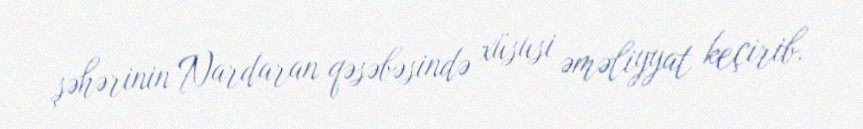
şəhərinin Nardaran qəsəbəsində xüsusi əməliyyat keçirib.